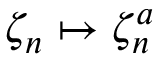
\zeta _ { n } \mapsto \zeta _ { n } ^ { a }